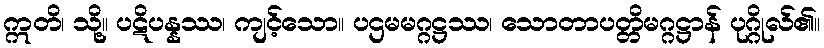
ဣတိ၊ သို့။ ပဋိပန္နဿ၊ ကျင့်သော။ ပဌမမဂ္ဂဋ္ဌဿ၊ သောတာပတ္တိမဂ္ဂဋ္ဌာန် ပုဂ္ဂိုလ်၏။